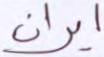
ايران